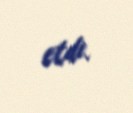
etdi.